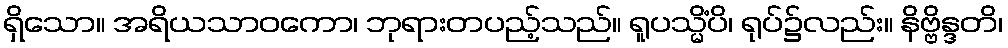
ရှိသော။ အရိယသာဝကော၊ ဘုရားတပည့်သည်။ ရူပသ္မိံပိ၊ ရုပ်၌လည်း။ နိဗ္ဗိန္ဒတိ၊